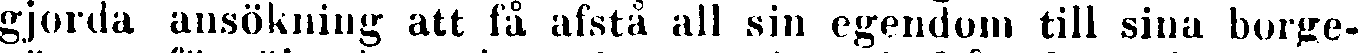
gjorda ansökning att få afstå all sin egendom till sina borge-